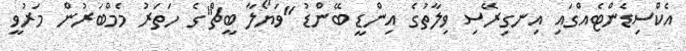
އެކްސިޑެންޓެއްގައި އިނގިރޭސި ވިލާތުގެ އިންޑީ ބޭންޑު "ވަޔޯލާ ބީޗް"ގެ ހަތަރު މެމްބަރުން މަރުވީ